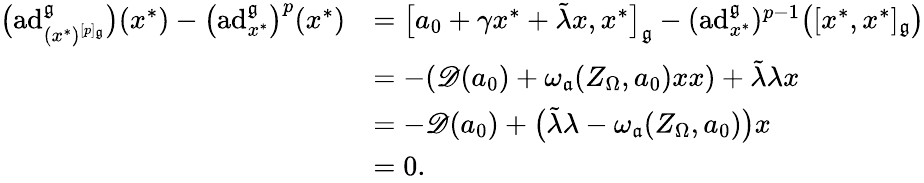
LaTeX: \begin{array}{rl}{\bigl(\mathrm{ad}_{(x^{*})^{[p]_{\mathfrak{g}}}}^{\mathfrak{g}}\bigr)(x^{*})-\bigl(\mathrm{ad}_{x^{*}}^{\mathfrak{g}}\bigr)^{p}(x^{*})}&{=\big[a_{0}+\gamma x^{*}+\tilde{\lambda}x,x^{*}\big]_{\mathfrak{g}}-(\mathrm{ad}_{x^{*}}^{\mathfrak{g}})^{p-1}\bigl([x^{*},x^{*}]_{\mathfrak{g}}\bigr)}\\ &{=-(\mathscr{D}(a_{0})+\omega_{\mathfrak{a}}(Z_{\Omega},a_{0})xx)+\tilde{\lambda}\lambda x}\\ &{=-\mathscr{D}(a_{0})+\bigl(\tilde{\lambda}\lambda-\omega_{\mathfrak{a}}(Z_{\Omega},a_{0})\bigr)x}\\ &{=0.}\end{array}